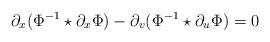
LaTeX: \begin{align*} \partial_x(\Phi^{-1}\star\partial_x\Phi)-\partial_v(\Phi^{-1}\star\partial_u\Phi)=0\end{align*}